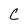
Character: C